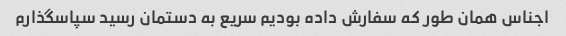
اجناس همان طور که سفارش داده بودیم سریع به دستمان رسید سپاسگذارم